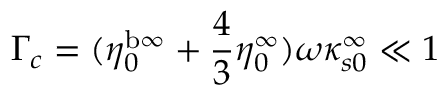
\Gamma _ { c } = ( \eta _ { 0 } ^ { \mathrm { b \infty } } + \frac 4 3 \eta _ { 0 } ^ { \infty } ) \omega \kappa _ { s 0 } ^ { \infty } \ll 1